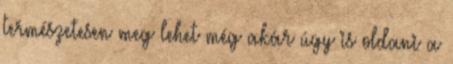
természetesen meg lehet még akár úgy is oldani a